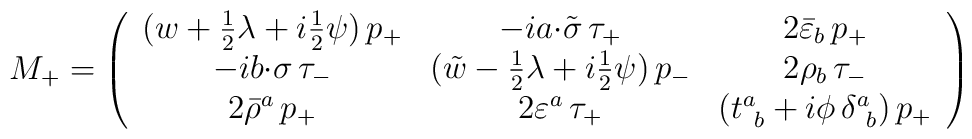
\displaystyle{M_{+}=\left(\begin{array}{ccc}       (w+\textstyle{\frac{1}{2}}\lambda+     i\textstyle{\frac{1}{2}}\psi)\,p_{+} &         -ia{\cdot\tilde{\sigma}}\,\tau_{+}&2\bar{\varepsilon}_{b}\,p_{+}\\       -ib{\cdot\sigma}\,\tau_{-} &(\tilde{w}        -\textstyle{\frac{1}{2}}\lambda +i      \textstyle{\frac{1}{2}}\psi)\,p_{-} &2\rho_{b}\,\tau_{-}\\       2\bar{\rho}^{a}\,p_{+}&2\varepsilon^{a}\,\tau_{+}     &(t^{a}_{~b}+i\phi\,\delta^{a}_{~b})\,p_{+}        \end{array}\right)}